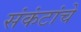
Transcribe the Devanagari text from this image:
संकंटांचे